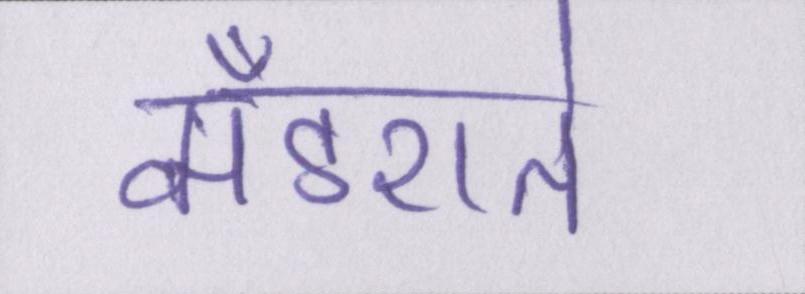
मँडराते